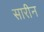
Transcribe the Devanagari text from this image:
सारीन